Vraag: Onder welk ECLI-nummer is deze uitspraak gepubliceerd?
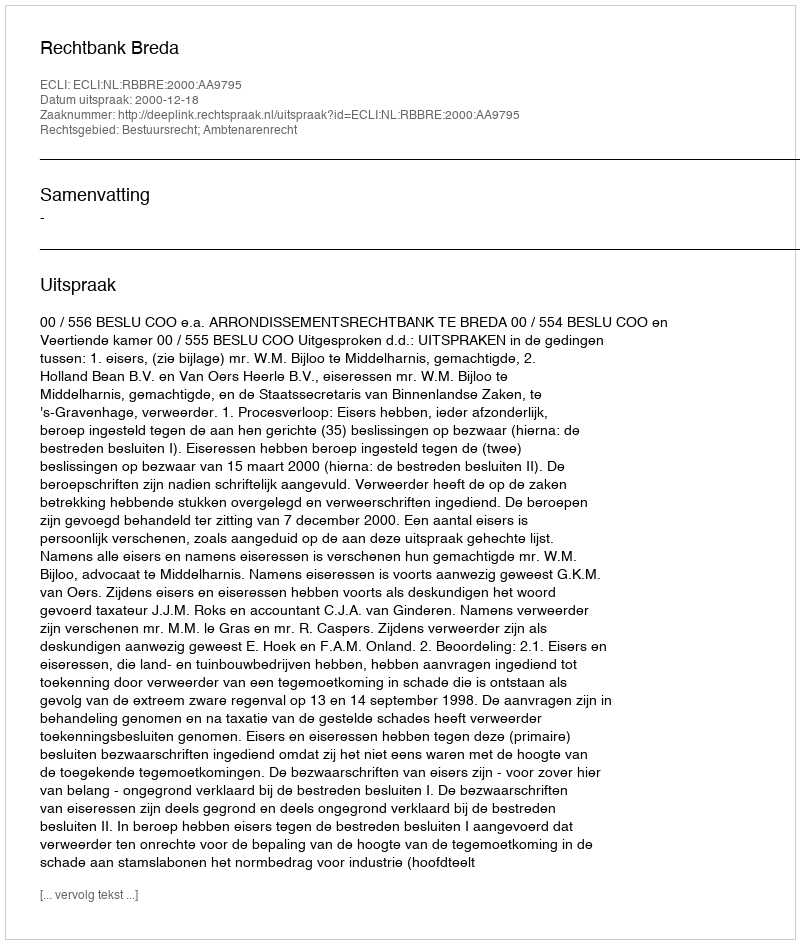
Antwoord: ECLI:NL:RBBRE:2000:AA9795